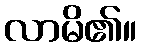
လာမိ၏။